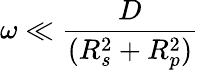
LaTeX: \omega\ll\frac{D}{(R_{s}^{2}+R_{p}^{2})}